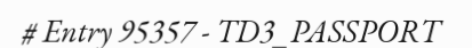
# Entry 95357 - TD3_PASSPORT